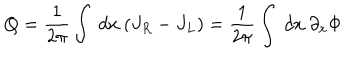
LaTeX: Q = { \frac { 1 } { 2 \pi } } \int ~ d x ~ ( J _ { R } - J _ { L } ) = { \frac { 1 } { 2 \pi } } \int ~ d x ~ \partial _ { x } \Phi